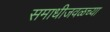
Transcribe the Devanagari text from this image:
समाधीजवळच्या